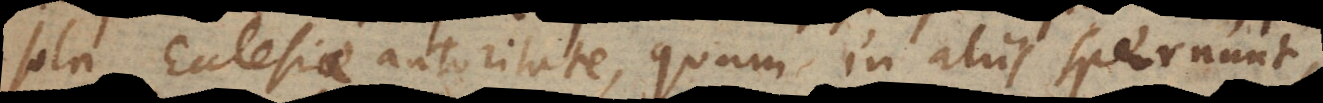
sola Ecclesiae autoritate, quam in aliis spernunt,